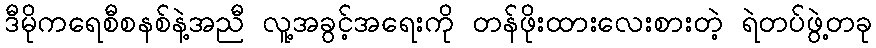
ဒီမိုကရေစီစနစ်နဲ့အညီ လူ့အခွင့်အရေးကို တန်ဖိုးထားလေးစားတဲ့ ရဲတပ်ဖွဲ့တခု